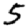
Digit: 5